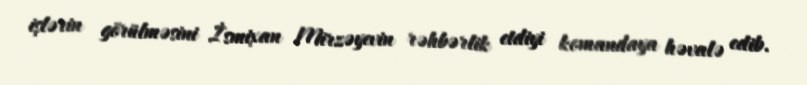
işlərin görülməsini İsmixan Mirzəyevin rəhbərlik etdiyi komandaya həvalə edib.